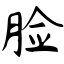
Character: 脸